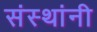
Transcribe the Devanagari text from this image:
संस्‍थांनी